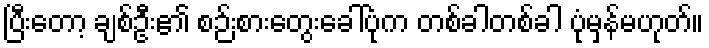
ပြီးတော့ ချစ်ဦး၏ စဉ်းစားတွေးခေါ်ပုံက တစ်ခါတစ်ခါ ပုံမှန်မဟုတ်။